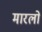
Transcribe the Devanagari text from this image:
मारलो